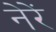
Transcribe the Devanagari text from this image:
नेरें